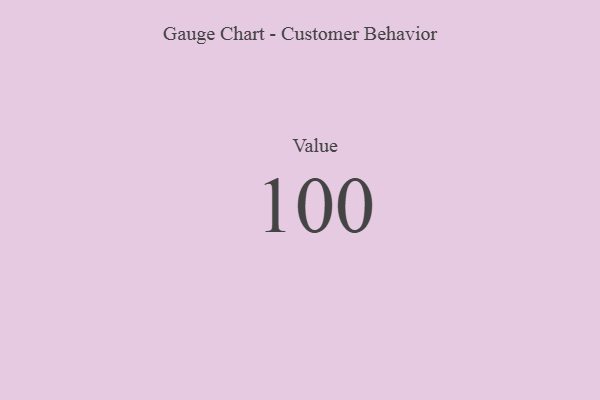
{"axis": {"x": "Metric", "y": "Value"}, "legend": [""], "data": [{"x": "Value", "y": 100, "type": ""}]}